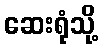
ဆေးရုံသို့